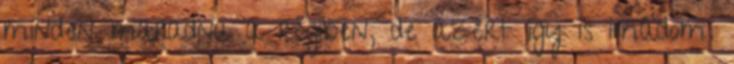
minden maradna a régiben, de azért így is imádom.